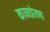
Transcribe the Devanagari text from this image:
काव्यप्रेरणा